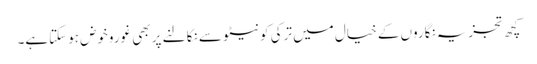
کچھ تجزیہ نگاروں کے خیال میں ترکی کو نیٹو سے نکالنے پر بھی غوروخوض ہوسکتاہے۔